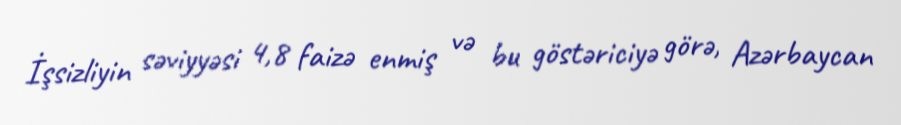
İşsizliyin səviyyəsi 4,8 faizə enmiş və bu göstəriciyə görə, Azərbaycan